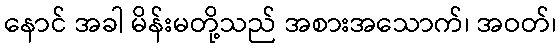
နောင် အခါ မိန်းမတို့သည် အစားအသောက်၊ အဝတ်၊